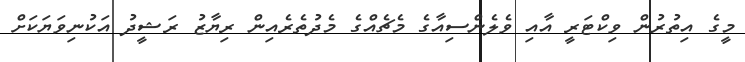
މީގެ އިތުރުން ވިކްޓަރީ އާއި ވެލެންސިއާގެ މެޗެއްގެ މެދުތެރެއިން ރިޔާޒު ރަޝީދު އަކުނިވަޔަކަށް